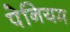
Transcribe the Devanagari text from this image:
पेनियम